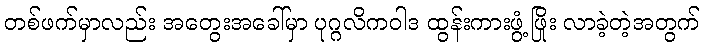
တစ်ဖက်မှာလည်း အတွေးအခေါ်မှာ ပုဂ္ဂလိကဝါဒ ထွန်းကားဖွံ့ဖြိုး လာခဲ့တဲ့အတွက်